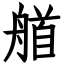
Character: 艏